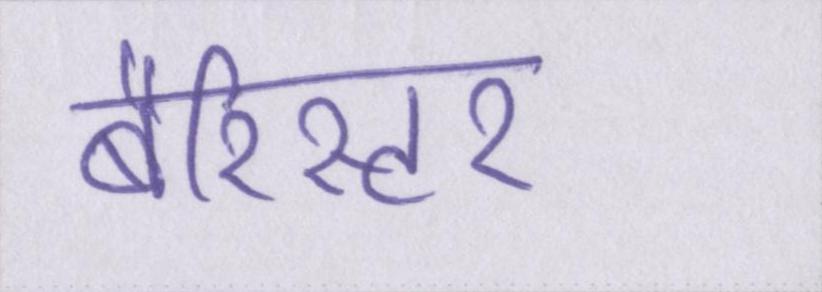
बैरिस्टर